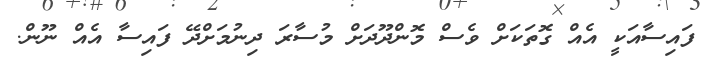
ފައިސާއަކީ އެއް ގޮތަކަށް ވެސް މޮންދޫދަށް މުސާރަ ދިނުމަށްދޭ ފައިސާ އެއް ނޫން.